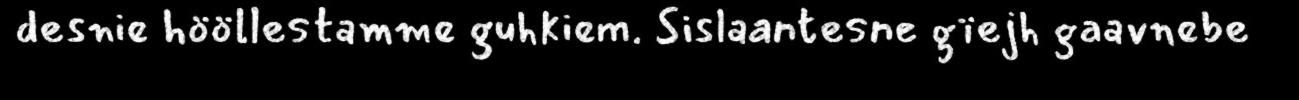
desnie hööllestamme guhkiem. Sislaantesne gïejh gaavnebe